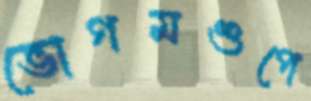
ভোগমণ্ডপে